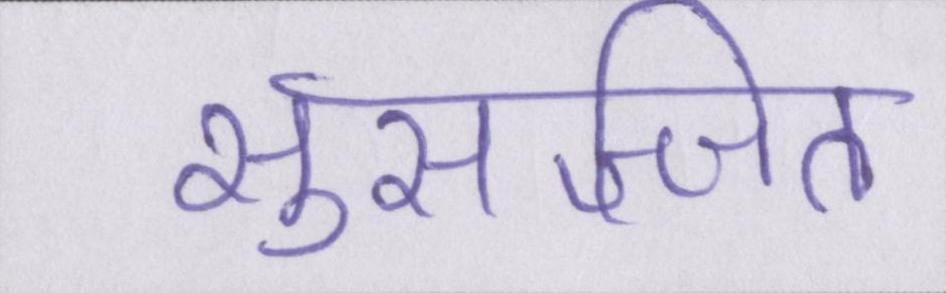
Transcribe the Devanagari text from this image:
सुसज्जित